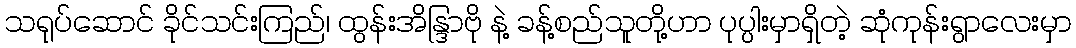
သရုပ်ဆောင် ခိုင်သင်းကြည်၊ ထွန်းအိန္ဒြာဗို နဲ့ ခန့်စည်သူတို့ဟာ ပုပ္ပါးမှာရှိတဲ့ ဆုံကုန်းရွာလေးမှာ